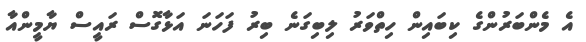
އެ މެންބަރުންގެ ކިބައިން ހިތްވަރު ލިބިގަނެ ބިރު ފަހަނަ އަޅާގޮސް ރައީސް ޔާމީންއާ